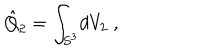
LaTeX: \hat { Q } _ { 2 } = \int _ { S ^ { 3 } } \! d V _ { 2 } \ ,